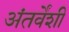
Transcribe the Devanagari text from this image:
अंतर्वेंशी